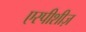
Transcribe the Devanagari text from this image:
एस्पीशीज़